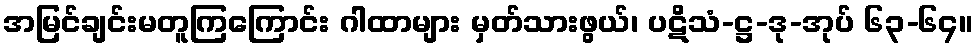
အမြင်ချင်းမတူကြကြောင်း ဂါထာများ မှတ်သားဖွယ်၊ ပဋိသံ-ဋ္ဌ-ဒု-အုပ် ၆၃-၆၄။